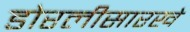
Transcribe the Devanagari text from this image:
डोरलीसारखे